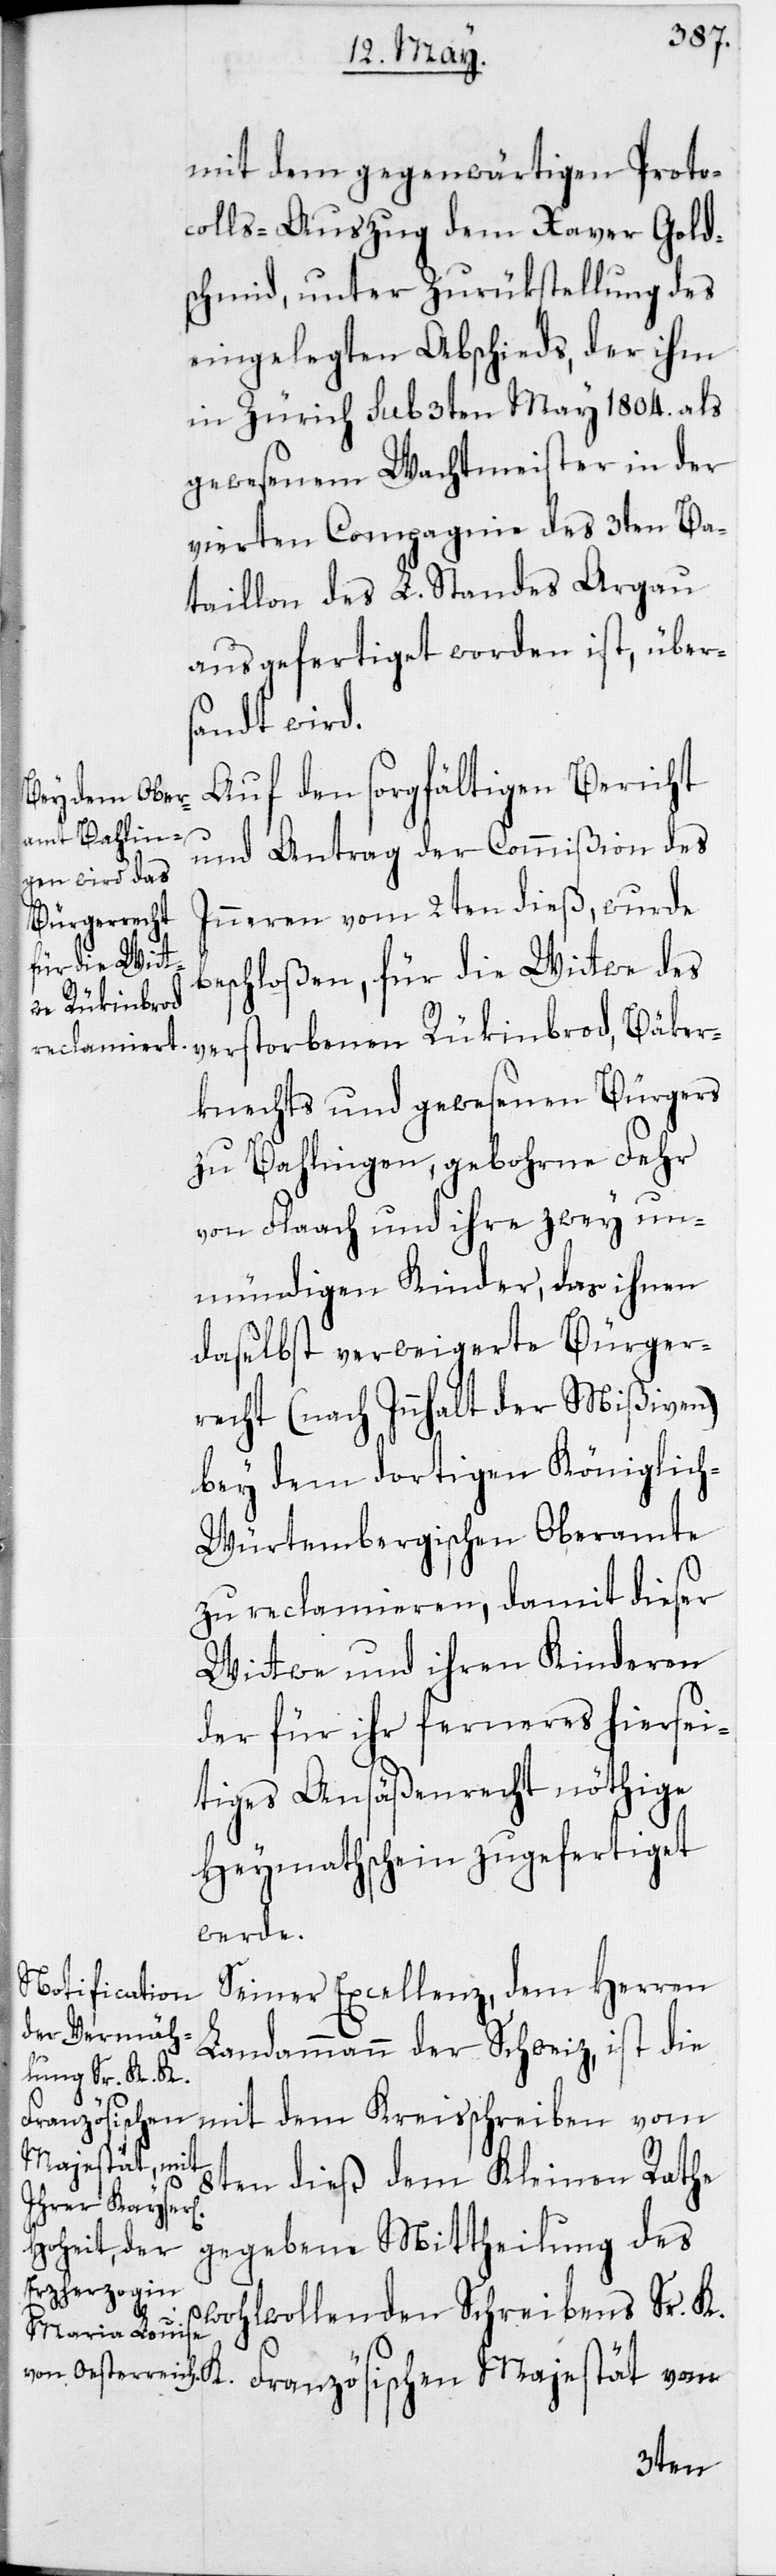
mit dem gegenwärtigen Proto¬
colls-Auszug dem Xaver Gold¬
schmid, unter Zurükstellung des
eingelegten Abschieds, der ihm
in Zürich sub 3ten May 1804. als
gewesenem Wachtmeister in der
vierten Compagnie des 3ten Ba¬
taillon des L. Standes Argau
ausgefertiget worden ist, über¬
sandt wird.
Auf den sorgfältigen Bericht
und Antrag der Commißion des
Inneren vom 2ten dieß, wurde
Bäker¬
beschloßen, für die Wittwe des
en Rükinbrod,
knechts und gewesenen Bürgers
zu Bahlingen, gebohrne Fehr
von Flaach und ihre zwey un¬
mündigen Kinder, das ihnen
daselbst verweigerete Bürger¬
recht (nach Innhalt der Mißiven)
bey dem dortigen Königlic¬
h-Würtembergischen Oberamte
zu reclamieren, damit dieser
Wittwe und ihren Kinderen
der für ihr ferneres hiersei¬
tiges Ansäßenrecht nöthige
Heymathschein zugefertiget
werde.
Seiner Excellenz dem Herren
Landammann der Schweiz, ist die
mit dem Kreisschreiben vom
Französischen
8ten dieß dem Kleinen Rathe
verstorben¬
wohlwollenden Schreibens Sr. K.